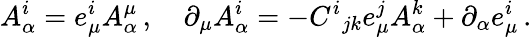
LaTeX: A_{\alpha}^{i}=e_{\mu}^{i}A_{\alpha}^{\mu}\, ,\quad\partial_{\mu}A_{\alpha}^{i}=-C^{i}{}_{jk}e_{\mu}^{j}A_{\alpha}^{k}+\partial_{\alpha}e_{\mu}^{i}\, .